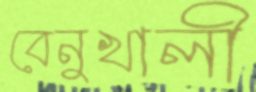
বেনুখালী